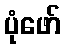
ပုံဖော်